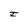
Character: I